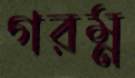
গরম্ন